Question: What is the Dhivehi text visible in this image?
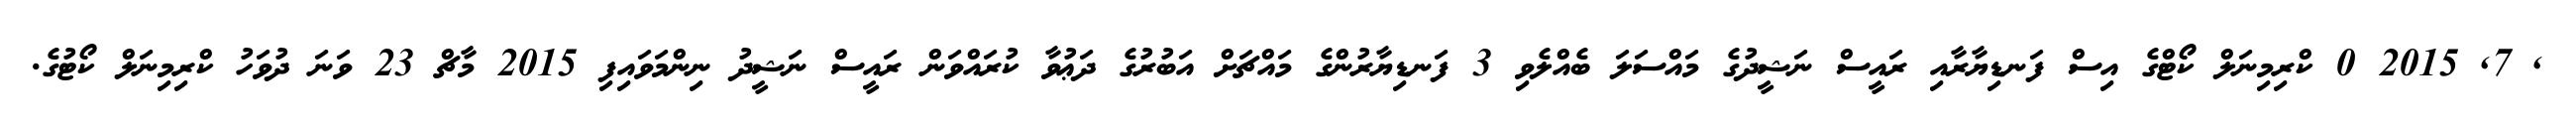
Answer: , 7, 2015 0 ކްރިމިނަލް ކޯޓްގެ އިސް ފަނޑިޔާރާއި ރައީސް ނަޝީދުގެ މައްސަލަ ބެއްލެވި 3 ފަނޑިޔާރުންގެ މައްޗަށް އަބުރުގެ ދަޢުވާ ކުރައްވަން ރައީސް ނަޝީދު ނިންމަވައިފި 2015 މާޗް 23 ވަނަ ދުވަހު ކްރިމިނަލް ކޯޓުގެ.